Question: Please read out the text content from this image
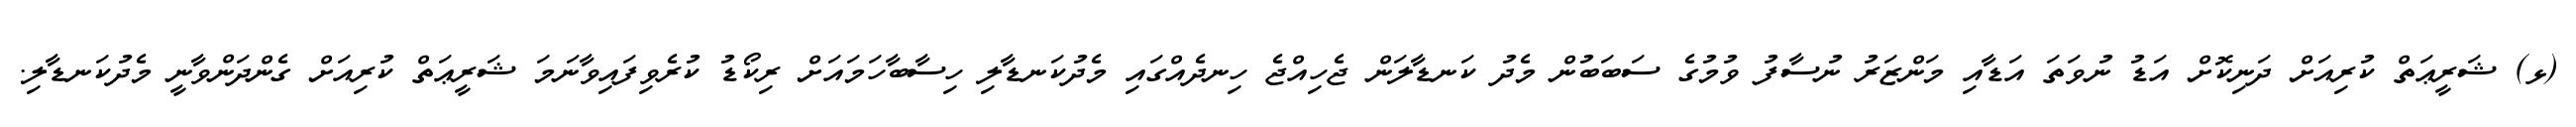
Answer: (ޅ) ޝަރީޢަތް ކުރިއަށް ދަނިކޮށް އަޑު ނުވަތަ އަޑާއި މަންޒަރު ނުސާފު ވުމުގެ ސަބަބުން މެދު ކަނޑާލަން ޖެހިއްޖެ ހިނދެއްގައި މެދުކަނޑާލި ހިސާބާހަމައަށް ރިކޯޑު ކުރެވިފައިވާނަމަ ޝަރީޢަތް ކުރިއަށް ގެންދަންވާނީ މެދުކަނޑާލި.